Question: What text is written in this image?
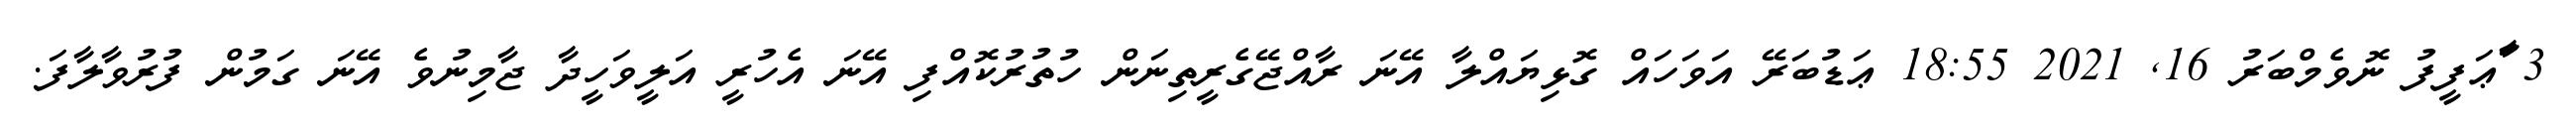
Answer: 3 ާަޢަފީފު ނޮވެމްބަރު 16, 2021 18:55 ޢަޑުބަރޭ އަވަހައް ގޮޅިޔައްލާ އޭނަ ރާއްޖޭގެރީތިނަން ހުތުރުކޮއްފި އޭނަ އެހުރީ އަލީވަހީދާ ޖާމިނުވެ އޭނަ ގަމުން ފުރުވާލާފަ.